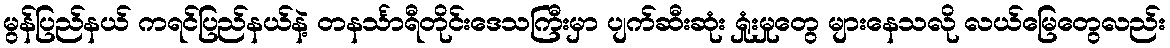
မွန်ပြည်နယ် ကရင်ပြည်နယ်နဲ့ တနင်္သာရီတိုင်းဒေသကြီးမှာ ပျက်ဆီးဆုံး ရှုံးမှုတွေ များနေသလို လယ်မြေတွေလည်း